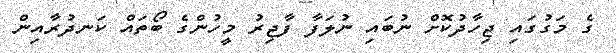
ގެ މަގުގައި ޖިހާދުކޮށް ނުބައި ނުލަފާ ފާޖިރު މީހުންގެ ބޯތައް ކަނދުރާއިން